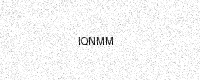
Text: IQNMM